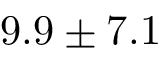
9 . 9 \pm 7 . 1